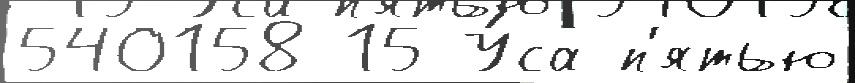
540158 15 У́са п'ятью